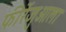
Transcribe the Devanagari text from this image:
फीरेंजुओला